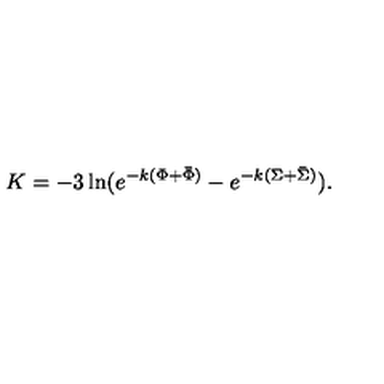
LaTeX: K = - 3 \ln ( e ^ { - k ( \Phi + \bar { \Phi } ) } - e ^ { - k ( \Sigma + \bar { \Sigma } ) } ) .